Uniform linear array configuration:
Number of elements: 16
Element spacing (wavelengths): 0.5
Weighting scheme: blackman
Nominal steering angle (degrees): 45
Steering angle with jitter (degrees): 43.248
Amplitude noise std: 0.05
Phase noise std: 0.05

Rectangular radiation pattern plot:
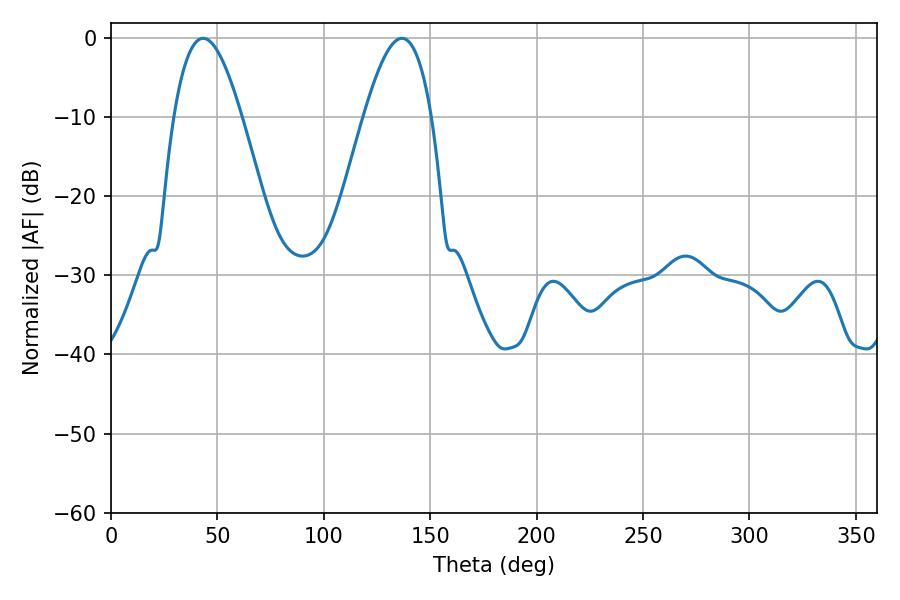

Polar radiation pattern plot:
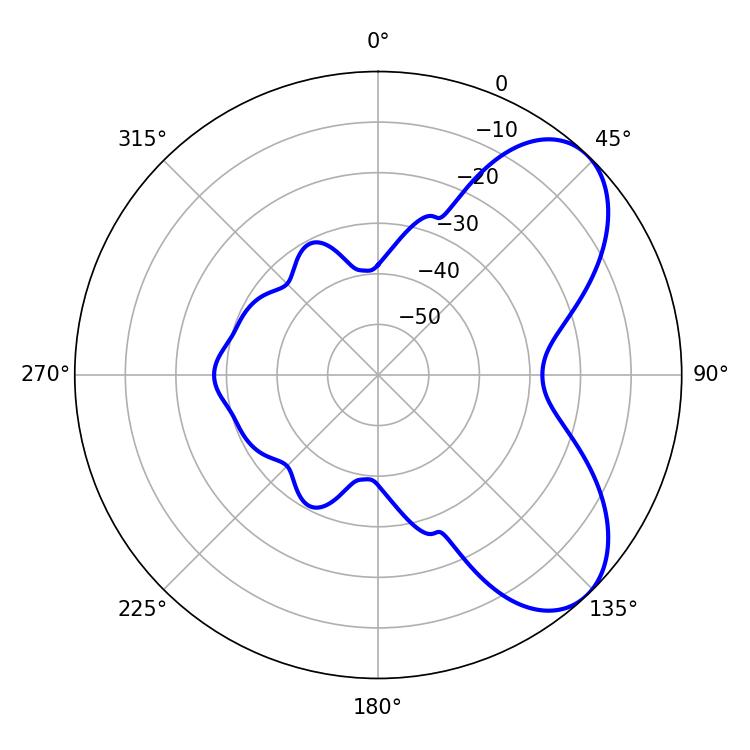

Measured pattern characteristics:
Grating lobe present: FALSE
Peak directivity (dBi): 6.412
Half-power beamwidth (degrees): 17.28
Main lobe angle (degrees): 43.38